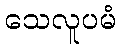
သေလူပမံ